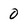
Character: 0